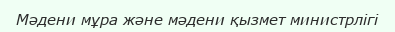
Мәдени мұра және мәдени қызмет министрлігі